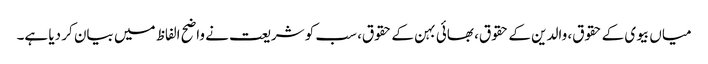
میاں بیوی کے حقوق، والدین کے حقوق، بھائی بہن کے حقوق، سب کو شریعت نے واضح الفاظ میں بیان کر دیا ہے۔